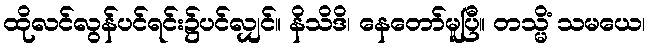
ထိုလင်လွန်ပင်ရင်း၌ပင်လျှင်။ နိသိဒိ၊ နေတော်မူပြီ။ တသ္မိံ သမယေ၊